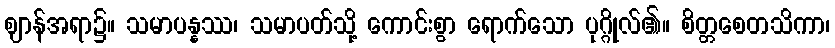
ဈာန်အရာ၌။ သမာပန္နဿ၊ သမာပတ်သို့ ကောင်းစွာ ရောက်သော ပုဂ္ဂိုလ်၏။ စိတ္တစေတသိကာ၊